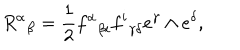
{ { \, R ^ { \alpha } } } _ { \beta } = { \frac { 1 } { 2 } } { f ^ { \alpha } } _ { \beta i } { f ^ { i } } _ { \gamma \delta } e ^ { \gamma } \wedge e ^ { \delta } ,